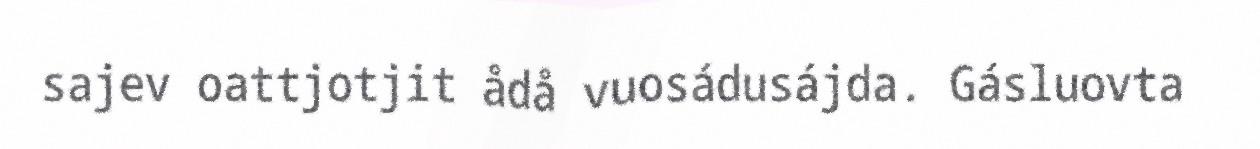
sajev oattjotjit ådå vuosádusájda. Gásluovta